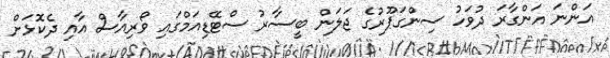
އަންނަ އަންގާރަ ދުވަހު ސިންގަޕޫރުގެ ޖަލަން ބީސާރު ސްޓޭޑިއަމްގައި ވޯރިއާސް އާއި ދެކޮޅަށް